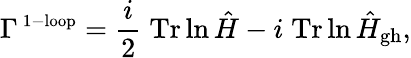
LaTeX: \Gamma^{\mathrm{\small~1-loop}}={\frac{i}{2}}\; \mathrm{Tr}\ln{\hat{H}}-i\; \mathrm{Tr}\ln{\hat{H}_{\mathrm{gh}}},